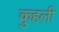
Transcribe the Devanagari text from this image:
कुहली